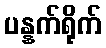
ပန္နက်ရိုက်